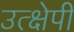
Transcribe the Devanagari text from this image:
उत्क्षेपी